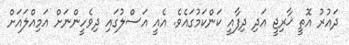
ދައުރު އޮތީ ޚާރިޖީ އަދި ދިފާއީ ކަންކަމުގައެވެ. އެއީ އަސްލުގައި ދިވެހީންނަށް އަމިއްލައަށް